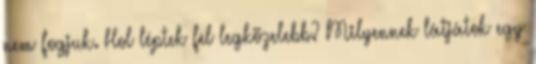
nem fogjuk. Hol léptek fel legközelebb? Milyennek látjátok egy